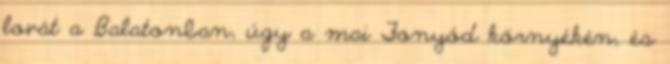
lovát a Balatonban, úgy a mai Fonyód környékén, és